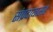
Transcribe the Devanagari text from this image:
संप्रदायासह